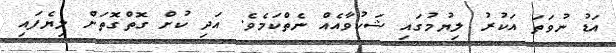
އަޑު ނުވަތަ އަކުރު ލިޔުމުގައި ޝަކުވާއެއް ނެތްކަމެވެ. އަދި ކުށް ގޮތްގޮތަށް ލިޔެފައި